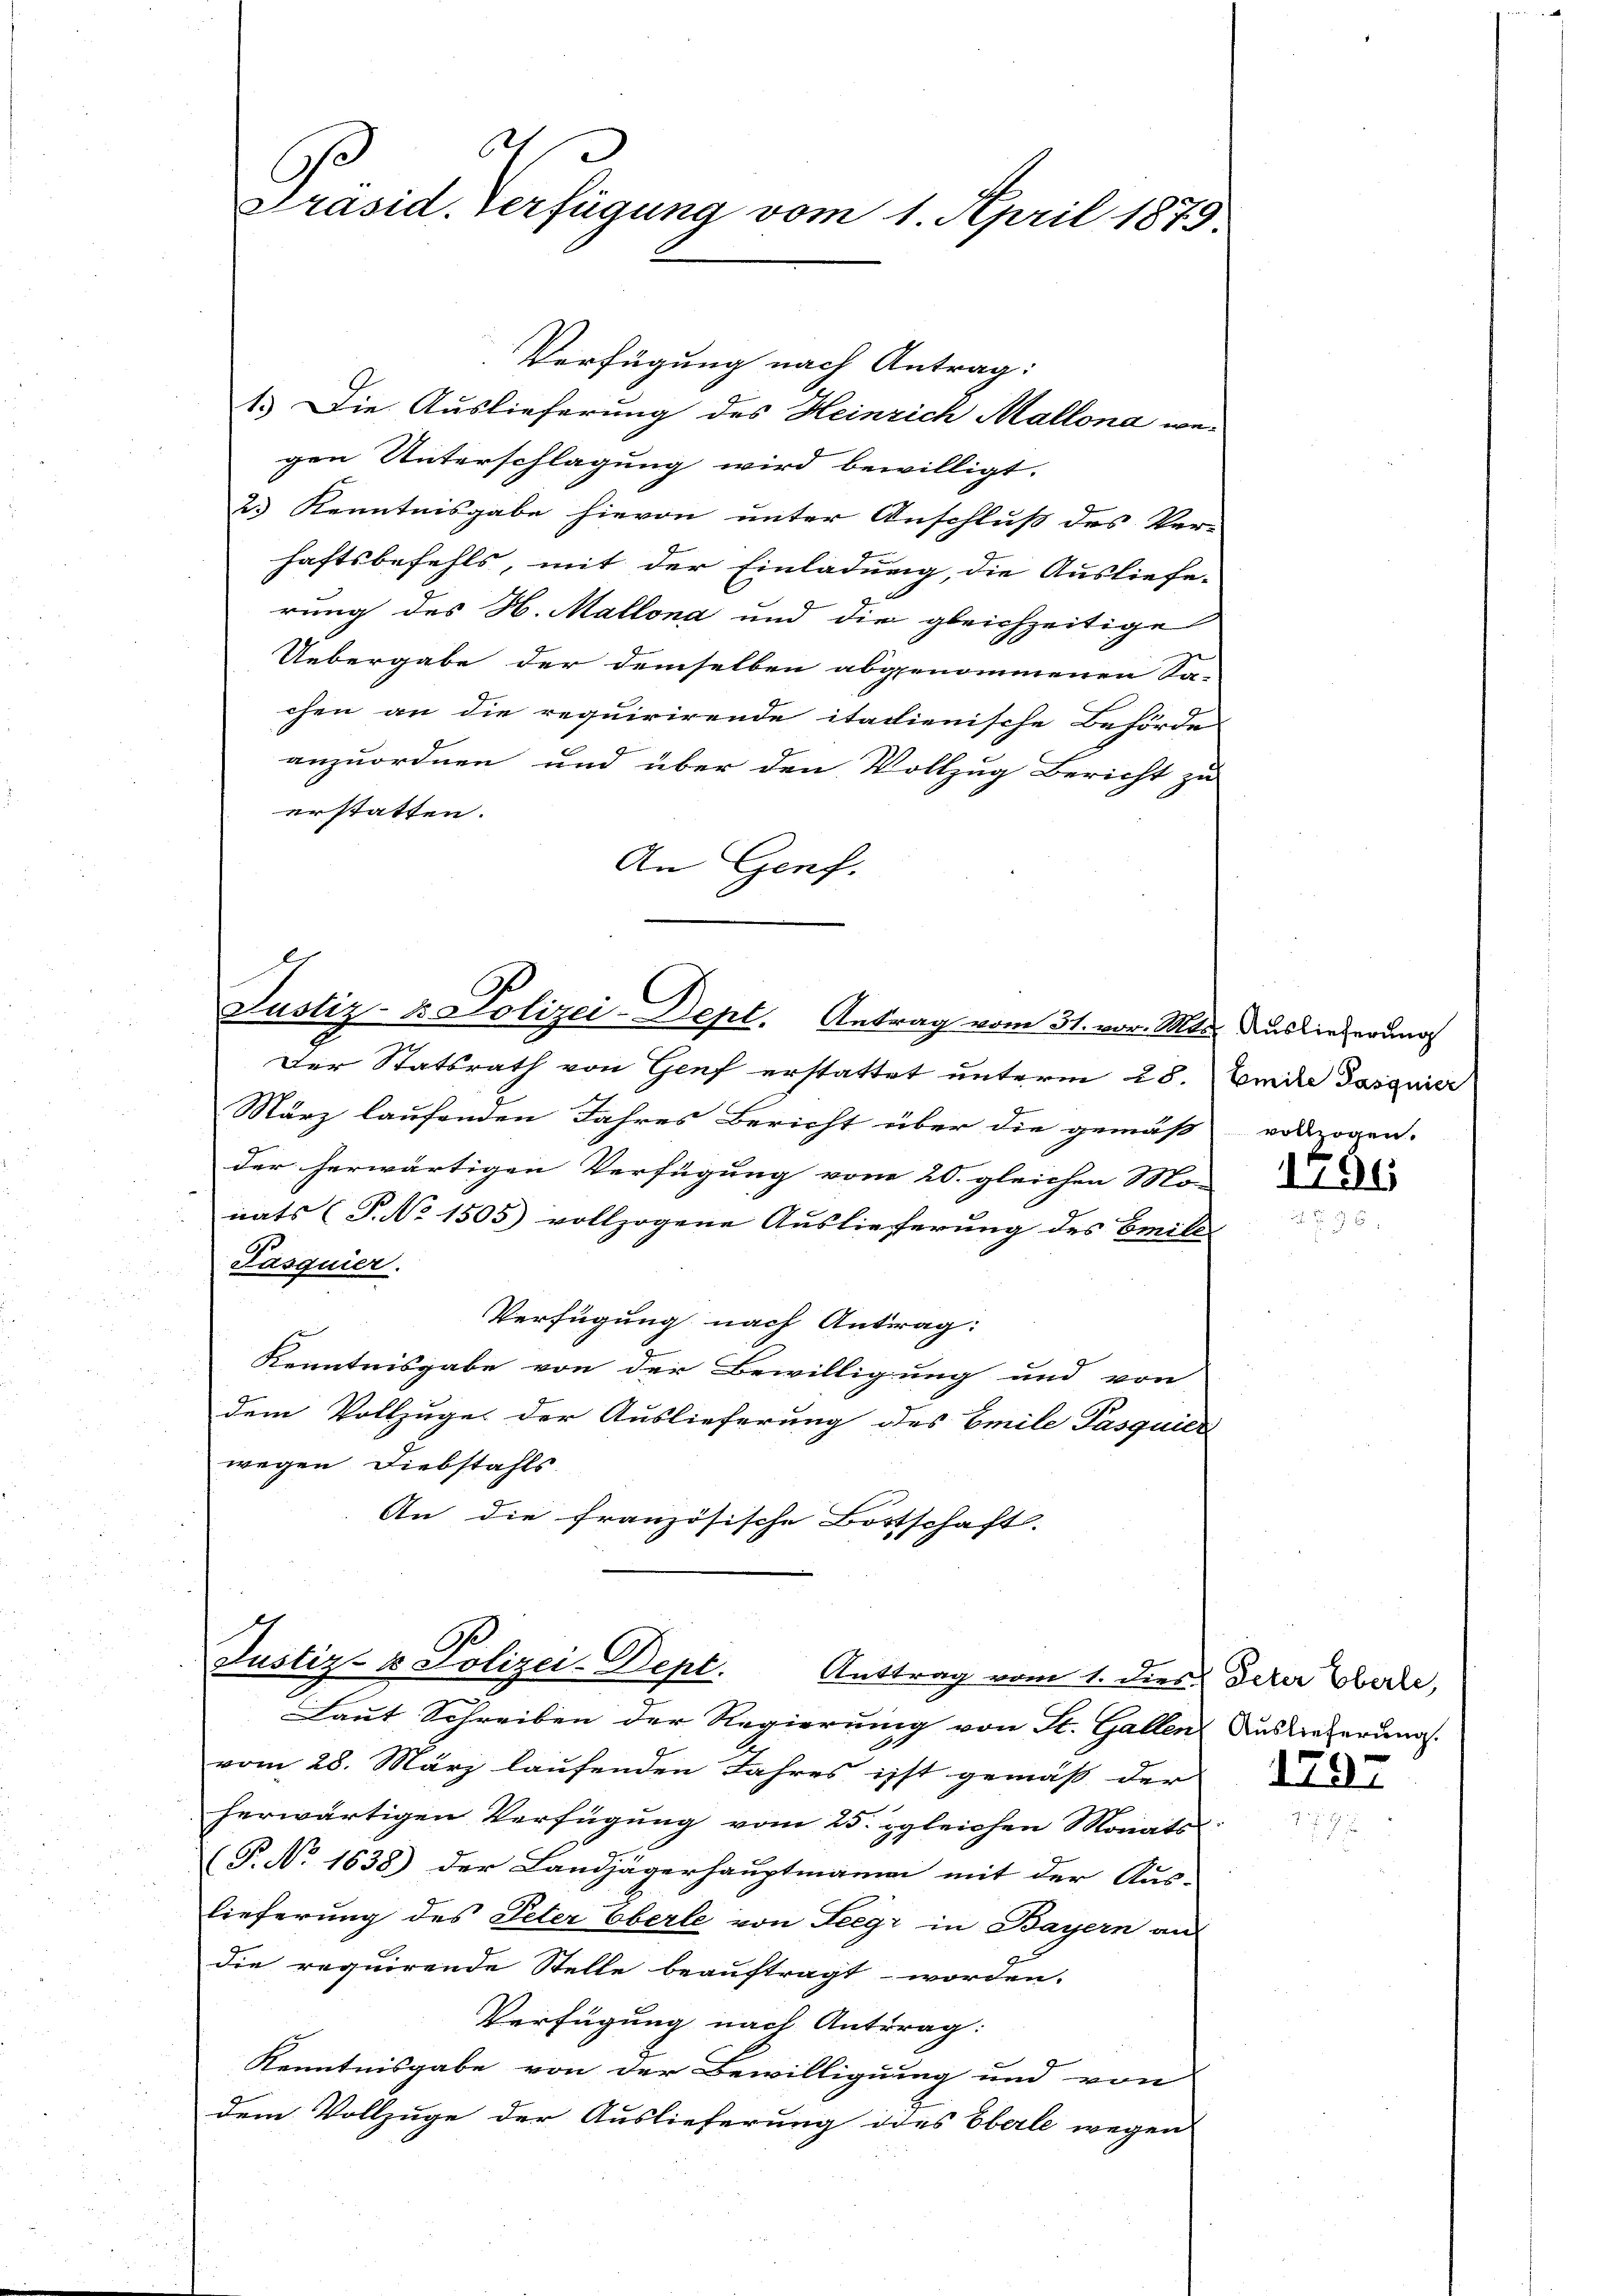
Verfügung nach Antrag:
1.) Die Auslieferung des Heinrich Mallona wegen Unterschlagung wird bewilligt.
2.) Kenntnisgabe hievon unter Anschluß des Ver-
haftsbefehls, mit der Einladung, die Ausliefe-
rung des H. Mallona und die gleichzeitige
Uebergabe der demselben abgenommenen Sa-
chen an die requirirende italienische Behörde
anzuordnen und über den Vollzug Bericht zu
erstatten.
An Genf.

d
Präsid. Verfügung vom 1. April 1879.

Justiz- & Polizei-Dept. Antrag vom 31. vor. Mts. Auslieferung

Der Statsrath von Genf erstattet unterm 28.
März laufenden Jahres Bericht über die gemäß vollzogen.
der herwärtigen Verfügung vom 20. gleichen Monats (P.No 1505) vollzogene Auslieferung des Emill-
Pasquier.
Verfügung nach Antrag:
Kenntnisgabe von der Bewilligung und von
dem Vollzuges der Auslieferung des Emile Pasquier
wegen Diebstahls
An die französische Bostschaft.

Justiz- & Polizei-Dept. Anttrag vom 1. dies derer Bere

Laut Schreiben der Regierung von St. Gallen Auslieferung
vom 28. März laufenden Jahres isst gemäß der
herwärtigen Verfügung vom 25. gleichen Monats
(P. No 1638) der Landjägerhauptmanni mit der Aus-
lieferung des Peter Eberle von Seegr in Bayern an
die requirende Stelle beauftragt worden.
Verfügung nach Antrag:
Kenntnisgabe von der Bewilligung und von
dem Vollzuge der Auslieferung des Oberle wegen

Emite Pasquier

796

1797